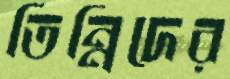
তিন্নিদের